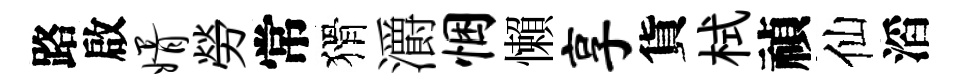
路啟婿勞常猾灂悃懶享貨栻禎仙滔